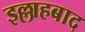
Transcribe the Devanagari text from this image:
इल्लाहबाद